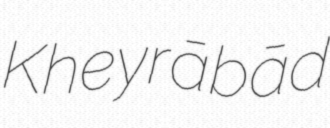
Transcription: Kheyrābād